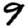
Digit: 9